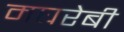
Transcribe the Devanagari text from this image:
मघरेबी